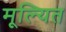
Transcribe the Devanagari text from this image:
मूल्यित